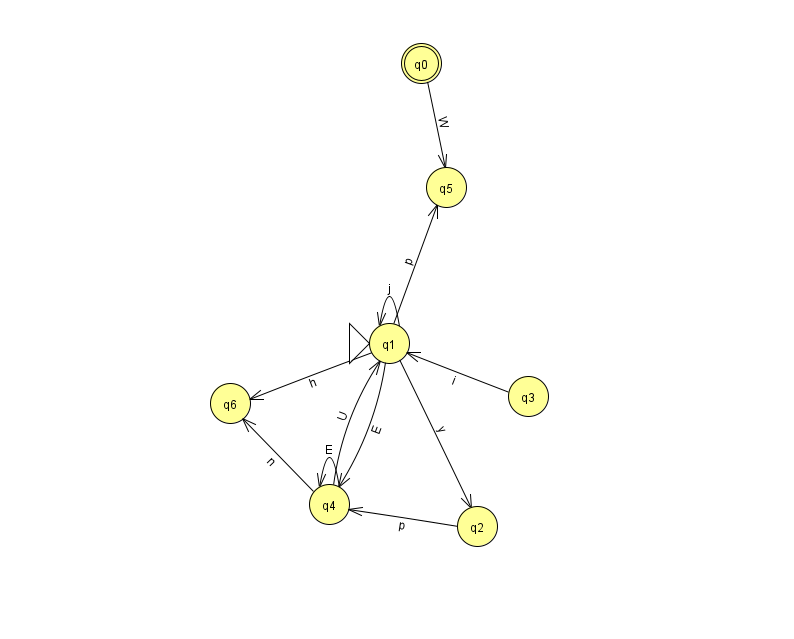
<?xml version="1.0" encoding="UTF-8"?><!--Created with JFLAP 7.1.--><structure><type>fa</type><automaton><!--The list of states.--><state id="0" name="q0"><x>421.0</x><y>50.0</y><final/></state><state id="1" name="q1"><x>389.0</x><y>330.0</y><initial/></state><state id="2" name="q2"><x>477.0</x><y>513.0</y></state><state id="3" name="q3"><x>528.0</x><y>383.0</y></state><state id="4" name="q4"><x>329.0</x><y>491.0</y></state><state id="5" name="q5"><x>446.0</x><y>174.0</y></state><state id="6" name="q6"><x>230.0</x><y>390.0</y></state><!--The list of transitions.--><transition><from>1</from><to>2</to><read>y</read></transition><transition><from>1</from><to>4</to><read>E</read></transition><transition><from>4</from><to>1</to><read>U</read></transition><transition><from>3</from><to>1</to><read>i</read></transition><transition><from>4</from><to>4</to><read>E</read></transition><transition><from>1</from><to>1</to><read>j</read></transition><transition><from>0</from><to>5</to><read>W</read></transition><transition><from>1</from><to>5</to><read>p</read></transition><transition><from>2</from><to>4</to><read>p</read></transition><transition><from>4</from><to>6</to><read>n</read></transition><transition><from>1</from><to>6</to><read>h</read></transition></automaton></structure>